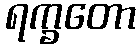
ရက္ခတော